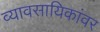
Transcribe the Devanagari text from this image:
व्यावसायिकांवर